Vaccination in Bombay 1874-1876 - 1874-1876
Year: 1874
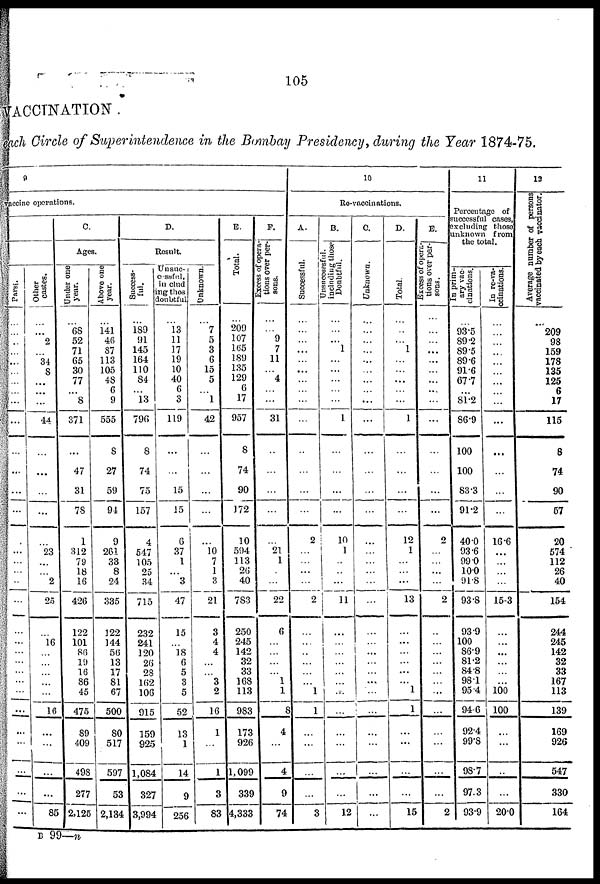
105
VACCTNATION
each Circle of Superintendence in the Bombay Presidency , during the Year 1874-75.
9
vaccine operations.
Parsi.
...
...
...
...
...
...
...
...
...
...
...
...
...
...
...
...
...
...
...
...
...
...
...
...
...
...
...
...
...
...
...
...
...
Other
castes.
...
...
2
...
34
8
...
...
...
44
...
...
...
...
...
23
...
...
2
25
...
16
...
...
...
...
...
16
...
...
...
...
85
C.
Ages.
Under one
year.
...
68
52
71
65
30
77
... 8
371
...
47
31
78
1
312
79
18
16
426
122
101
86
19
16
86
45
475
89
409
498
277
2,125
Above one
year.
...
141
46
87
113
105
48
6
9
555
8
27
59
94
9
261
33
8
24
335
122
144
56
13
17
81
67
500
80
517
597
53
2,134
D.
Result.
Success-
ful.
...
189
91
145
164
110
84
... 13
796
8
74
75
157
4
547
105
25
34
715
232
241
120
26
28
162
106
915
159
925
1,084
327
3,994
Unsuc-
cessful,
in clud
ing those
doubtful.
...
13
11
17
19
10
40
6
3
119
...
...
15
15
6
37
1
...
3
47
15
...
18
6
5
3
5
52
13
1
14
9
256
Unknown.
...
7
5
3
6
15
5
... 1
42
...
...
...
...
...
10 7
1
3
21
3
4
4
...
...
3
2
16
1
...
1
3
83
E.
Total.
...
209
107
165
189
135
129
... 17
957
8
74
90
172
10
594
113
26
40
783
250
245
142
32
33
168
113
983
173
926
1,099
339
14,333
P.
E
xcess of opera-
tions over per-
sons.
...
...
9
7
11
...
4
...
...
31
...
...
...
...
...
21
1
...
...
22
6
...
...
...
...
1
1
8
4
...
4
9
74
10
Re-vaccinations.
A.
Successful.
...
...
... ...
...
...
...
...
...
...
...
...
...
...
2
...
...
...
...
2
...
...
...
...
...
...
1
1
...
...
...
...
3
B.
Unsuccessful,
including those
Doubtful.
...
...
... 1
...
...
...
...
...
1
...
...
...
...
10
1
..
...
...
1 1
...
...
...
...
...
...
...
...
...
...
...
...
12
C.
Unknown.
...
...
...
...
...
...
...
... ...
...
...
...
...
...
...
...
...
...
...
...
...
... ...
...
...
...
...
...
...
...
...
...
...
D.
Total.
...
...
... 1
...
...
...
...
...
1
...
...
...
...
12
1
...
...
...
13
...
...
...
...
...
...
1
1
...
...
...
...
15
E.
Excess of opera-
tions over per-
sons .
...
...
... ...
...
...
...
...
...
...
...
...
...
...
2
...
...
...
1
2
...
...
...
...
...
...
...
...
...
...
...
...
2
11
Percentage of
successful cases,
excluding those
unknown from
the total.
In prim-
ary vac-
cinations.
...
93.5
89.2
89.5
89.6
91.6
67.7
... 81.2
86.9
100
100
83.3
91.2
40.0
93.6
99.0
10.0
91.8
93.8
93.9
100
86.9
81.2
84.8
98.1
95.4
94.6
92.4
99.8
98.7
97.3
93.9
In re-va-
ccinations.
...
...
...
...
...
...
...
...
...
...
...
...
...
...
16.6
...
...
...
...
15.3
...
...
...
...
...
...
100
100
...
...
..
...
20.0
12
Average number of persons
vaccinated by each vaccinator.
...
209
98
159
178
135
125
6
17
115
8
74
90
57
20
574
112
26
40
154
244
245
142
32
33
167
113
139
169
926
547
330
164
B 99—n